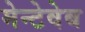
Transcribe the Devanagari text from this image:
मेन्टेवेब